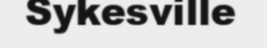
Sykesville